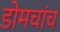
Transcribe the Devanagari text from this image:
डोमचांच